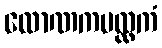
လောဏကပလ္လကံ